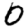
Digit: 0